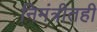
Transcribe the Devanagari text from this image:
निमंत्रीतही